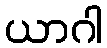
ယာဂါ